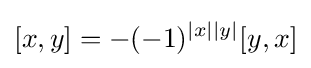
[x,y]=-(-1)^{|x||y|}[y,x]